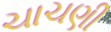
ચાચણી